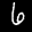
Label: 6